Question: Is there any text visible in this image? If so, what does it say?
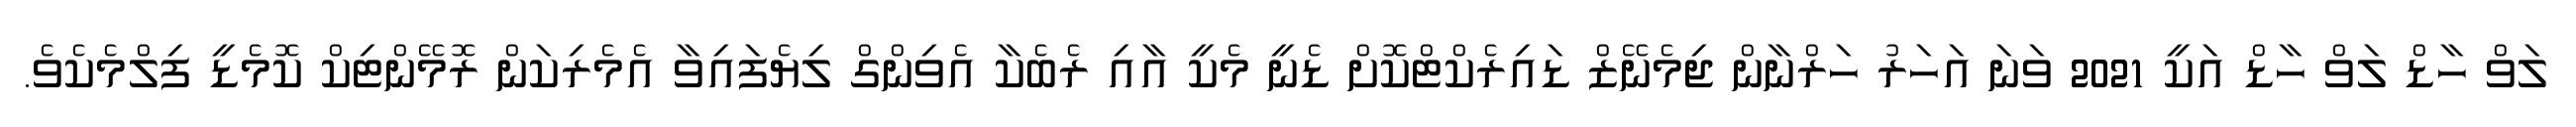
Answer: ލަވް ހާޑް ލަވް ހާޑް އަކީ 2021 ވަނަ އަހަރު ހަރްނާން ޖިމެނޭޒް ޑައިރެކްޓްކޮށް ޑެނީ މެކީ އާއި ރެބެކާ އެވިންގް ލިޔެފައިވާ އެމެރިކަން ރޮމޭންޓިކް ކޮމެޑީ ފިލްމެކެވެ.